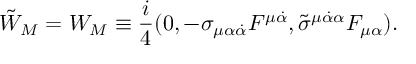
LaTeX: \tilde { W } _ { M } = W _ { M } \equiv { \frac { i } { 4 } } ( 0 , - \sigma _ { \mu \alpha { \dot { \alpha } } } F ^ { \mu { \dot { \alpha } } } , { \tilde { \sigma } } ^ { \mu { \dot { \alpha } } \alpha } F _ { \mu \alpha } ) .